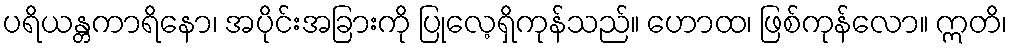
ပရိယန္တကာရိနော၊ အပိုင်းအခြားကို ပြုလေ့ရှိကုန်သည်။ ဟောထ၊ ဖြစ်ကုန်လော။ ဣတိ၊